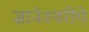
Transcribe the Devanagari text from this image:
ज्ञानेश्‍वरीचे